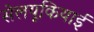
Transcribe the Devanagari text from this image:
सेलयूकियाई